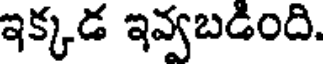
ఇక్కడ ఇవ్వబడింది.